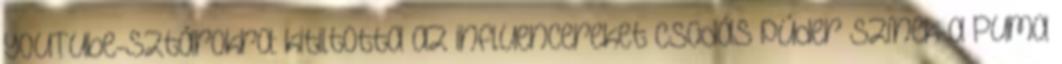
YouTube-sztárokra: kitiltotta az influencereket Csodás púder színek a Puma